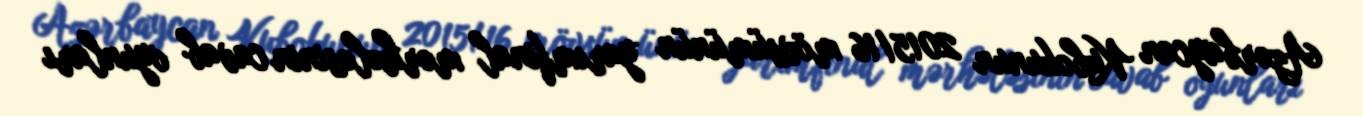
Azərbaycan Kubokunun 2015/16 mövsümünün yarımfinal mərhələsinin cavab oyunları